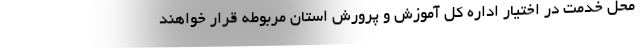
محل خدمت در اختیار اداره کل آموزش و پرورش استان مربوطه قرار خواهند